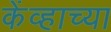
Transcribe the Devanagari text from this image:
केंव्हाच्या